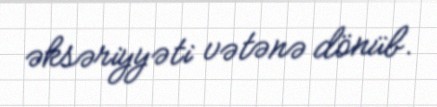
əksəriyyəti vətənə dönüb.